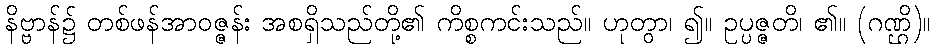
နိဗ္ဗာန်၌ တစ်ဖန်အာဝဇ္ဇန်း အစရှိသည်တို့၏ ကိစ္စကင်းသည်။ ဟုတွာ၊ ၍။ ဥပ္ပဇ္ဇတိ၊ ၏။ (ဂဏ္ဌိ)။